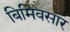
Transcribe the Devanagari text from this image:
बिमिवसार